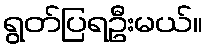
ရွတ်ပြရဦးမယ်။